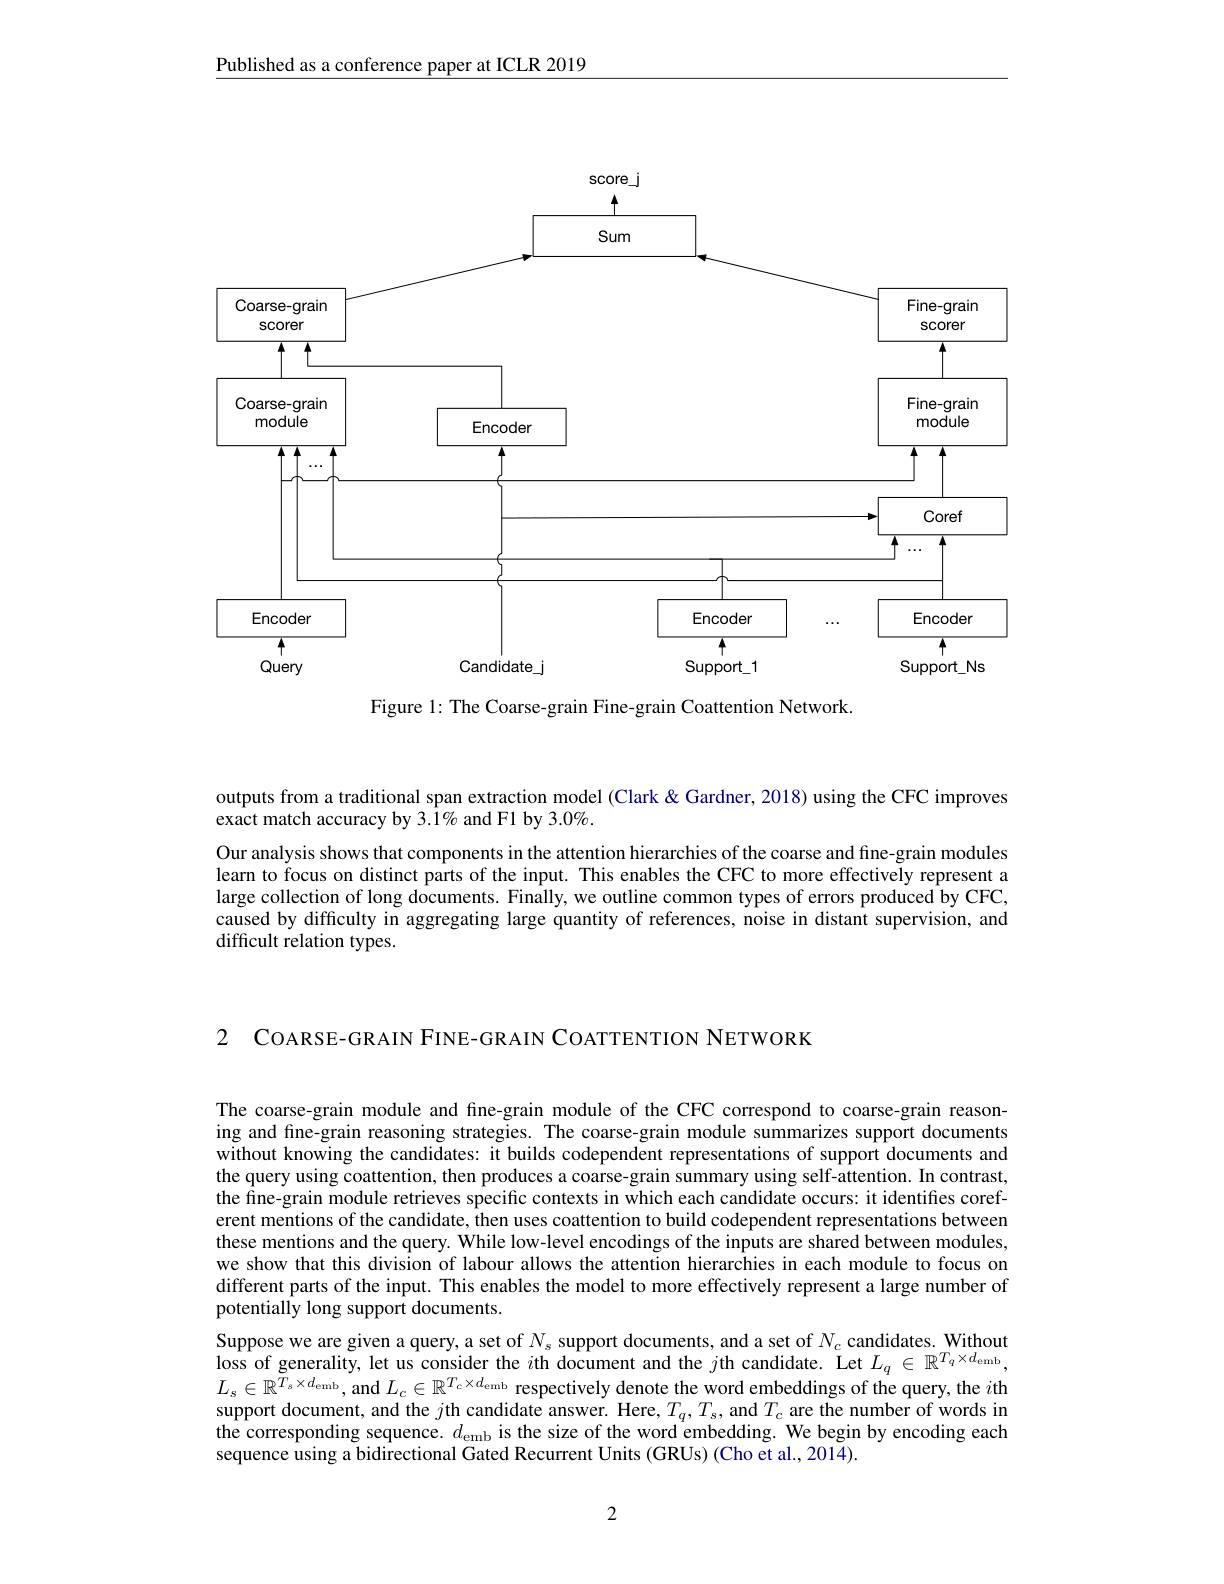
Published as a conference paper at ICLR 2019

<FigureHere>
Figure 1: The Coarse-grain Fine-grain Coattention Network.

outputs from a traditional span extraction model (Clark &Gardner, 2018) using the CFC improves
$\hat{\text{exact match accuracy by 3.1}}\%$ and F1 by 3.0%.
Our analysis shows that components in the attention hierarchies of the coarse and fine-grain modules learn to focus on distinct parts of the input. This enables the CFC to more effectively represent a large collection of long documents. Finally, we outline common types of errors produced by CFC, caused by difficulty in aggregating large quantity of references, noise in distant supervision, and difficult relation types.

2 COARSE- GRAIN FINE- GRAIN COATTENTION NETWORK

The coarse-grain module and fine-grain module of the CFC correspond to coarse-grain reasoning and fine-grain reasoning strategies. The coarse-grain module summarizes support documents without knowing the candidates: it builds codependent representations of support documents and the query using coattention, then produces a coarse-grain summary using self-attention. In contrast, the fine-grain module retrieves specific contexts in which each candidate occurs: it identifies coreferent mentions of the candidate, then uses coattention to build codependent representations between these mentions and the query. While low-level encodings of the inputs are shared between modules, we show that this division of labour allows the attention hierarchies in each module to focus on different parts of the input. This enables the model to more effectively represent a large number of potentially long support documents.
Suppose we are given a query, a set of $N_s$ support documents, and a set of $N_c$ candidates. Without loss of generality, let us consider the $i$th document and the $j$th candidate. Let $L_q\in\mathbb{R}^{T_q\times d_{\mathrm{emb}}}$, $L_{\mathrm{s}}\in\mathbb{R}^{T_{s}\times d_{\mathrm{emb}}}$,and $L_c\in\mathbb{R}^{T_{\mathrm{c}}\times d_{\mathrm{emb}}}$ respectively denote the word embeddings of the query, the $i$th support document, and the $j$th candidate answer. Here, $T_q,T_{s}$, and $T_{c}$ are the number of words in the corresponding sequence. $d_\mathrm{emb}$ is the size of the word embedding. We begin by encoding each sequence using a bidirectional Gated Recurrent Units (GRUs) (Cho et al., 2014).

2